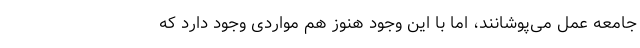
جامعه عمل می‌پوشانند، اما با این وجود هنوز هم مواردی وجود دارد که